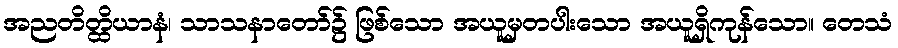
အညတိတ္ထိယာနံ၊ သာသနာတော်၌ ဖြစ်သော အယူမှတပါးသော အယူရှိကုန်သော။ တေသံ